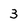
Character: 3